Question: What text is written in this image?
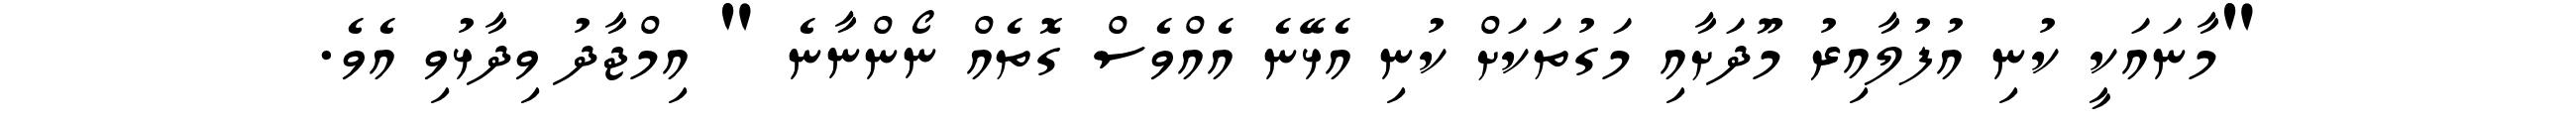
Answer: "މާނައަކީ ކުނި އުފުލާއިރު މޫދަށާއި މަގުތަކަށް ކުނި އެޅޭނެ އެއްވެސް ގޮތެއް ނޯންނާނެ " އިމްޖާދު ވިދާޅުވި އެވެ.